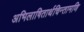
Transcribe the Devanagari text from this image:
अभिलाषितार्थचिन्तामणि